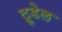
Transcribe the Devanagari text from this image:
ट्रूडेल